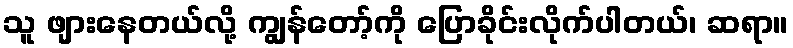
သူ ဖျားနေတယ်လို့ ကျွန်တော့်ကို ပြောခိုင်းလိုက်ပါတယ်၊ ဆရာ။